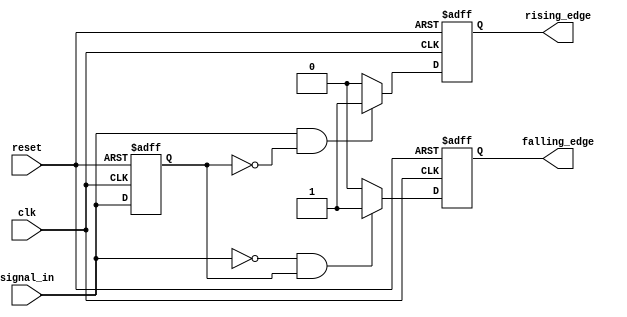
module differential_edge_detector (
    input wire clk,                // Clock signal
    input wire reset,              // Reset signal
    input wire signal_in,          // Input signal
    output reg rising_edge,        // Rising edge output
    output reg falling_edge        // Falling edge output
);

// Memory block to store the previous state of the input signal
reg previous_signal;

always @(posedge clk or posedge reset) begin
    if (reset) begin
        // On reset, initialize the previous signal and output edges
        previous_signal <= 1'b0;
        rising_edge <= 1'b0;
        falling_edge <= 1'b0;
    end else begin
        // Edge detection logic
        rising_edge <= 1'b0;  // Clear rising edge output
        falling_edge <= 1'b0;  // Clear falling edge output

        // Check for rising edge
        if (signal_in == 1'b1 && previous_signal == 1'b0) begin
            rising_edge <= 1'b1;  // Rising edge detected
        end
        
        // Check for falling edge
        if (signal_in == 1'b0 && previous_signal == 1'b1) begin
            falling_edge <= 1'b1;  // Falling edge detected
        end
        
        // Update the previous signal state
        previous_signal <= signal_in;
    end
end

endmodule